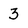
Character: 3